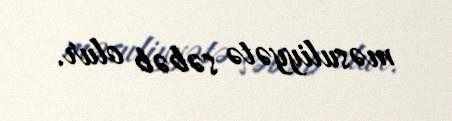
məsuliyyətə səbəb olur.